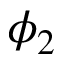
\phi _ { 2 }